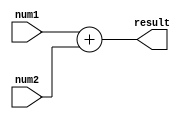
module FixedPointConverter(
    input signed [31:0] num1,
    input signed [31:0] num2,
    output reg signed [31:0] result
);

    always @(num1, num2) begin
        // Addition module
        result = num1 + num2;
        
        // Subtraction module
        //result = num1 - num2;
        
        // Multiplication module
        //result = num1 * num2;
        
        // Division module
        //result = num1 / num2;
    end

endmodule